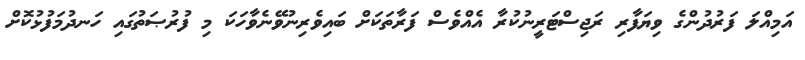
އަމިއްލަ ފަރުދުންގެ ވިޔަފާރި ރަޖިސްޓަރީނުކުރާ އެއްވެސް ފަރާތަކަށް ބައިވެރިނުވޭނެވާހަކަ މި ފުރުޞަތުގައި ހަނދުމަފުޅުކޮށް